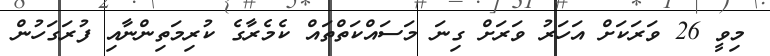
މިވީ 26 ވަރަކަށް އަހަރު ވަރަށް ގިނަ މަސައްކަތްތައް ކެމެރާގެ ކުރިމަތިންނާއި ފުރަގަހުން